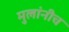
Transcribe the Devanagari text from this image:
मुलांनीच